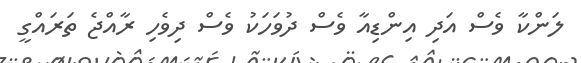
ލަންކާ ވެސް އަދި އިންޑިއާ ވެސް ދުވަހަކު ވެސް ދިވެހި ރާއްޖެ ތަރައްގީ